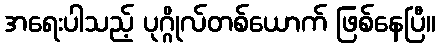
အရေးပါသည့် ပုဂ္ဂိုလ်တစ်ယောက် ဖြစ်နေပြီ။